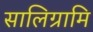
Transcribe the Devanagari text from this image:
सालिग्रामि